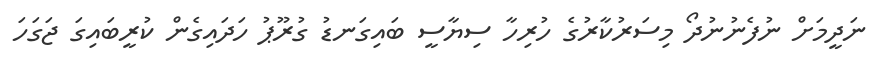
ނަދީމަށް ނުފެނުނުދޯ މިސަރުކާރުގެ ހުރިހާ ސިޔާސީ ބައިގަނޑު ގުރޫޕު ހަދައިގެން ކުރީބައިގަ ޖަގަހަ